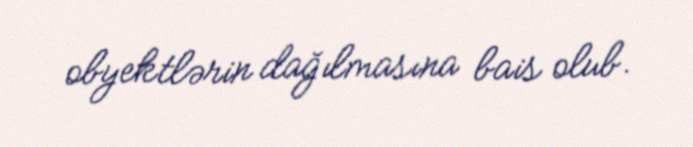
obyektlərin dağılmasına bais olub.